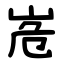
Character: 峞